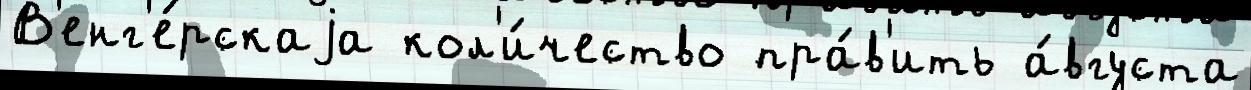
В'енг'е́рскаjа кол'и́чество пра́в'ить а́вгуста